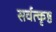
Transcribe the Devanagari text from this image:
सर्वत्कृष्ठ